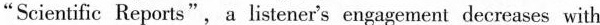
“Scientific Reports",a listener's engagement decreases with